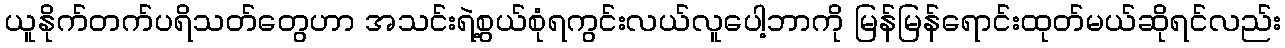
ယူနိုက်တက်ပရိသတ်တွေဟာ အသင်းရဲ့စွယ်စုံရကွင်းလယ်လူပေါ့ဘာကို မြန်မြန်ရောင်းထုတ်မယ်ဆိုရင်လည်း